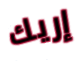
إريك